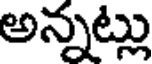
అన్నట్లు